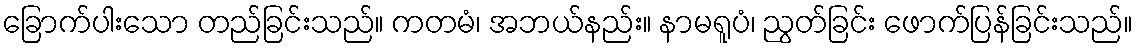
ခြောက်ပါးသော တည်ခြင်းသည်။ ကတမံ၊ အဘယ်နည်း။ နာမရူပံ၊ ညွတ်ခြင်း ဖောက်ပြန်ခြင်းသည်။